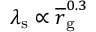
\lambda _ { \mathrm { s } } \propto \overline { r } _ { \mathrm { g } } ^ { 0 . 3 }